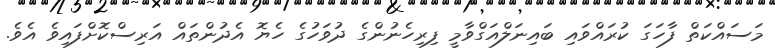
މަސައްކަތް ފާހަގަ ކުރައްވައި ބައިނަލްއަގްވާމީ ފިރިހެނުންގެ ދުވަހުގެ ހެޔޮ އެދުންތައް އަރިސްކޮށްފައިވެ އެވެ.